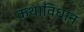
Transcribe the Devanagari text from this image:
कथाविधान